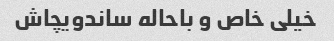
خیلی خاص و باحاله ساندویچاش